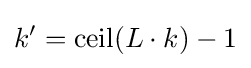
k^{\prime }=\operatorname {ceil} (L\cdot k)-1